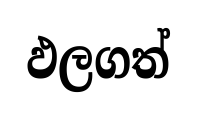
ඵලගත්